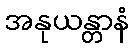
အနုယန္တာနံ